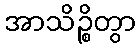
အာသိဉ္စိတွာ